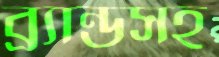
ব্র্যান্ডসহ